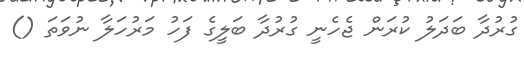
ގުރުދާ ބަދަލު ކުރަން ޖެހެނީ ގުރުދާ ބަލީގެ ފަހު މަރުހަލާ ނުވަތަ ()